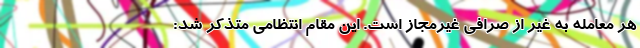
هر معامله به غیر از صرافی غیرمجاز است. این مقام انتظامی متذکر شد: